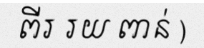
ពីរ រយ ពាន់ )